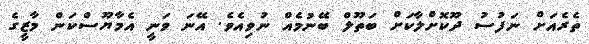
ތެރެއަށް ނަފުސު ދޫކޮށްލާކަށް ބަތޫލް ބޭނުމެއް ނުވިއެވެ. އޭނަ ވަނީ އެމާޔޫސްކަން މާޒީގެ